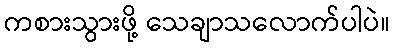
ကစားသွားဖို့ သေချာသလောက်ပါပဲ။